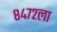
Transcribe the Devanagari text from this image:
८४७२ला